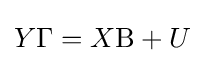
Y\Gamma =X\mathrm {B} +U